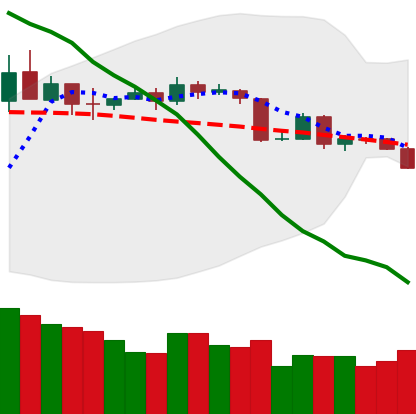
Ticker: BTC-USD
Chart end date: 2019-11-15
Forward return: -5.472%
Label: down_5_7